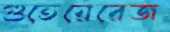
গুতেয়েরেজ